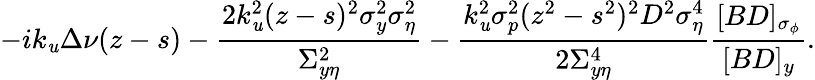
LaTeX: -ik_{\mathit{u}}\Delta\nu(z-s)-\frac{{2k_{\mathit{u}}^{2}(z-s)^{2}\sigma_{y}^{2}\sigma_{\eta}^{2}}}{{\Sigma_{y\eta}^{2}}}-\frac{{k_{\mathit{u}}^{2}\sigma_{p}^{2}(z^{2}-s^{2})^{2}D^{2}\sigma_{\eta}^{4}}}{{2\Sigma_{y\eta}^{4}}}\frac{{[BD]_{\sigma_{\phi}}}}{{[BD]_{y}}}.